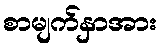
စာမျက်နှာအား